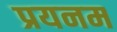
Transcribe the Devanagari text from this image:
प्रयनम